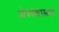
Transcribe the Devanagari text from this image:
औषधीशास्त्रात